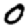
Digit: 0